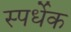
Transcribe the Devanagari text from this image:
स्पर्धेक